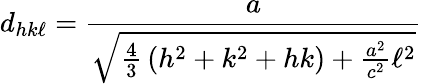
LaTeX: d_{hk\ell}={\frac{a}{\sqrt{{\frac{4}{3}}\left(h^{2}+k^{2}+hk\right)+{\frac{a^{2}}{c^{2}}}\ell^{2}}}}